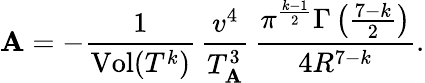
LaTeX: \mathbf{A}=-\frac{{1}}{{\mathrm{{Vol}}(T^{k})}}\, \frac{{v^{4}}}{{T_{\mathbf{A}}^{3}}}\, \frac{{\pi^{\frac{{k-1}}{{2}}}\Gamma\left(\frac{{7-k}}{{2}}\right)}}{{4R^{7-k}}}.